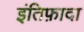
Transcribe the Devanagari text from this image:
इंतिफ़ादा